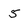
Character: 5